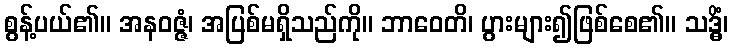
စွန့်ပယ်၏။ အနဝဇ္ဇံ၊ အပြစ်မရှိသည်ကို။ ဘာဝေတိ၊ ပွားများ၍ဖြစ်စေ၏။ သဒ္ဓိံ၊